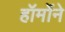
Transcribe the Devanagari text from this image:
हॉर्मोने